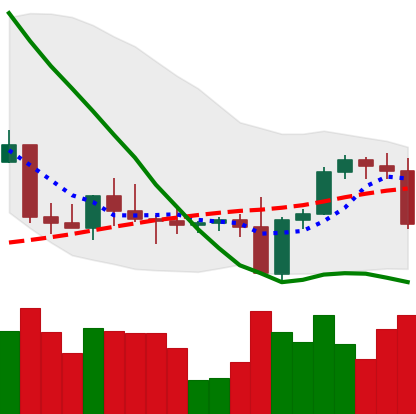
Ticker: BNB-USD
Chart end date: 2022-09-13
Forward return: -4.058%
Label: down_3_5